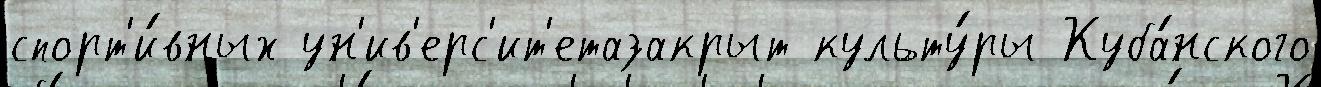
спорт'и́вных ун'ив'ерс'ит'етазакрыт культу́ры Куба́нского